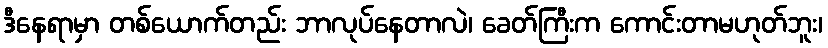
ဒီနေရာမှာ တစ်ယောက်တည်း ဘာလုပ်နေတာလဲ၊ ခေတ်ကြီးက ကောင်းတာမဟုတ်ဘူး၊